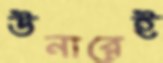
উনারেই